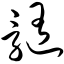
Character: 髓